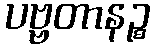
ပဗ္ဗတာနဉ္စ